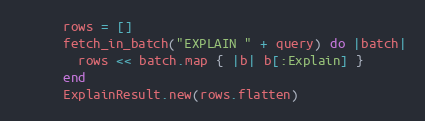
Language: Ruby
      rows = []
      fetch_in_batch("EXPLAIN " + query) do |batch|
        rows << batch.map { |b| b[:Explain] }
      end
      ExplainResult.new(rows.flatten)